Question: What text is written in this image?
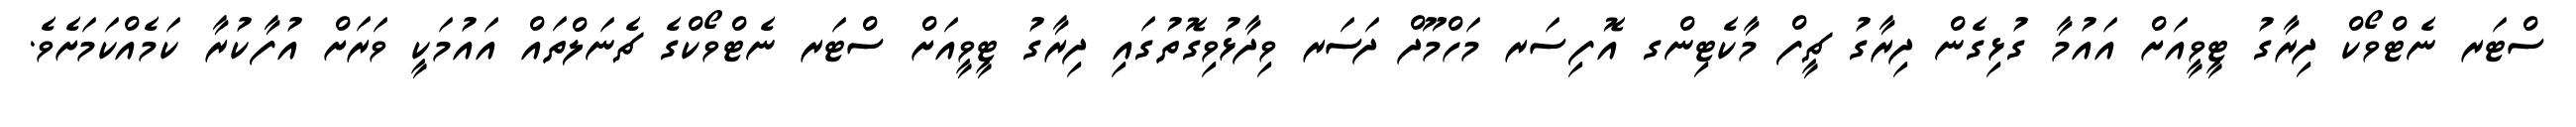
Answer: ސްޓަރ ނެޓްވޯކް ދިރާގު ޓީވީއަށް އައުމާ ގުޅިގެން ދިރާގު ޗީފް މާކެޓިންގ އޮފިސަރ މަހްމޫދް ދަސަރ ވިދާޅުވިގޮތުގައި ދިރާގު ޓީވީއަށް ސްޓަރ ނެޓްވޯކްގެ ޗެނަލްތައް އައުމަކީ ވަރަށް އުފާކުރާ ކަމެއްކަމަށެވެ.